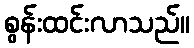
စွန်းထင်းလာသည်။